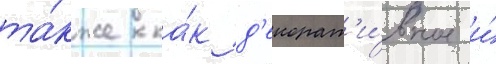
та́кже ка́к д'екорат'и́вное и́